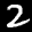
Label: 2